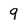
Character: 9